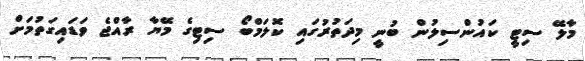
މާލޭ ސިޓީ ކައުންސިލުން ބުނީ މިދަތުރުގައި ކޮލަމްބޯ ސިޓިގެ މޭޔާ ރާއްޖެ ވަޑައިގަތުމަށް